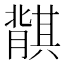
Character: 𬛛